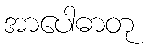
အာပေါဓာတု